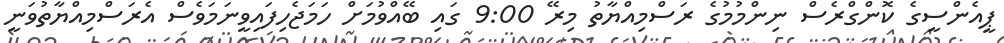
ޕީއެންސީގެ ކޮންގްރެސް ނިންމުމުގެ ރަސްމިއްޔާތު މިރޭ 9:00 ގައި ބޭއްވުމަށް ހަމަޖެހިފައިވީނަމަވެސް އެރަސްމިއްޔާތުވަނީ